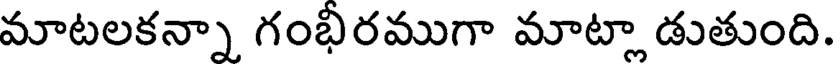
మాటలకన్నా గంభీరముగా మాట్లా డుతుంది.